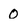
Character: 0